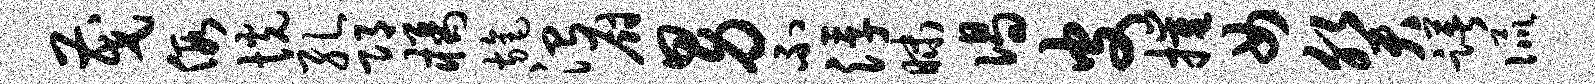
茂假恍孔邛橘旄治厨男不浮昧偈皮摧女癸躇侃